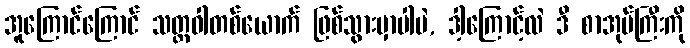
အူကြောင်ကြောင် သတ္တဝါတစ်ယောက် ဖြစ်သွားမှာပါပဲ, ဒါ့ကြောင့်လဲ ဒီ စာအုပ်ကြီးကို